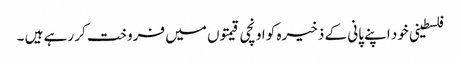
فلسطینی خود اپنے پانی کے ذخیرہ کو اونچی قیمتوں میں فروخت کر رہے ہیں ۔